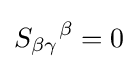
{S_{\beta \gamma }}^{\beta }=0